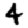
Digit: 4